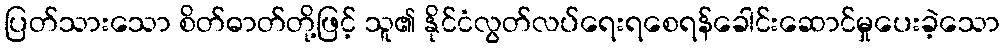
ပြတ်သားသော စိတ်ဓာတ်တို့ဖြင့် သူ၏ နိုင်ငံလွတ်လပ်ရေးရစေရန်ခေါင်းဆောင်မှုပေးခဲ့သော